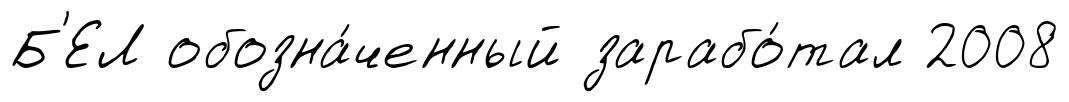
Б'ЕЛ обозна́ченный зарабо́тал 2008